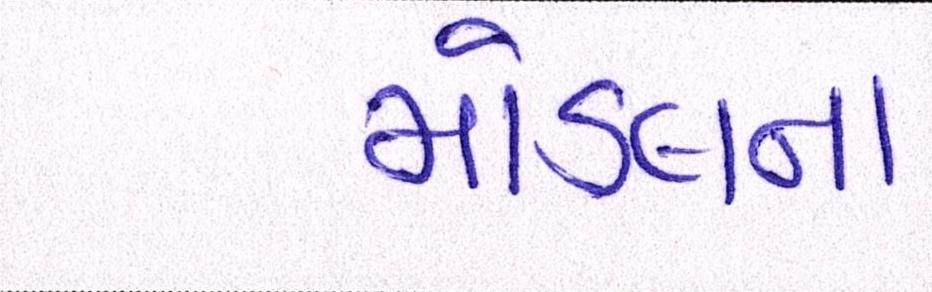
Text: મોડલના